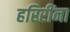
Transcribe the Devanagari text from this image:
हरिरींना